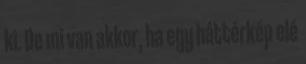
ki. De mi van akkor, ha egy háttérkép elé